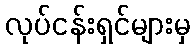
လုပ်ငန်းရှင်များမှ